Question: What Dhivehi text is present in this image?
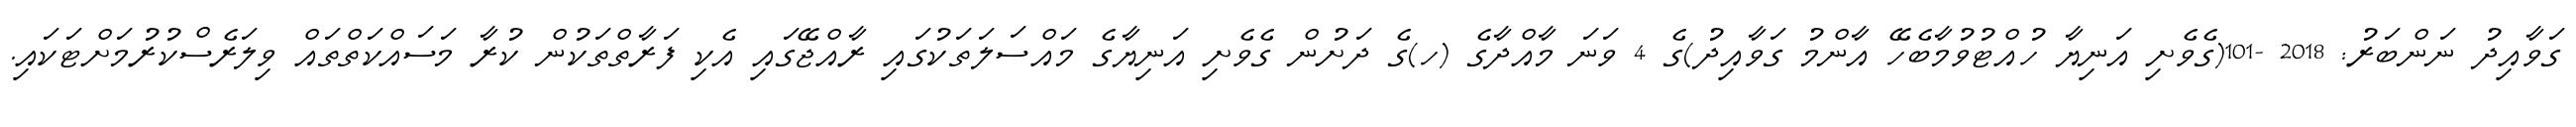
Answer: ގަވާއިދު ނަންބަރު: 2018 -101(ގެވެށި އަނިޔާ ހުއްޓުވުމާބެހޭ އާންމު ގަވާއިދު)ގެ 4 ވަނަ މާއްދާގެ (ހ)ގެ ދަށުން ގެވެށި އަނިޔާގެ މައްސަލަތަކުގައި ރާއްޖޭގައި އެކި ފަރާތްތަކުން ކުރާ މަސައްކަތްތައް ވިލަރެސްކުރުމަށްޓަކައި.